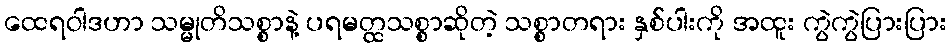
ထေရဝါဒဟာ သမ္မုတိသစ္စာနဲ့ ပရမတ္ထသစ္စာဆိုတဲ့ သစ္စာတရား နှစ်ပါးကို အထူး ကွဲကွဲပြားပြား